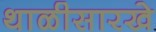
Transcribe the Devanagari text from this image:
थाळीसारखे